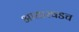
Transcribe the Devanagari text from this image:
आधारवडच